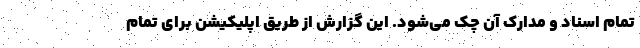
تمام اسناد و مدارک آن چک می‌شود. این گزارش از طریق اپلیکیشن برای تمام